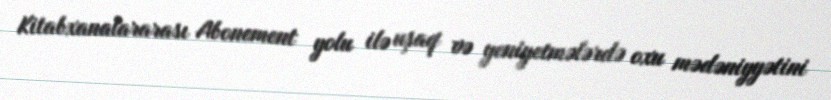
Kitabxanalararası Abonement yolu ilə uşaq və yeniyetmələrdə oxu mədəniyyətini